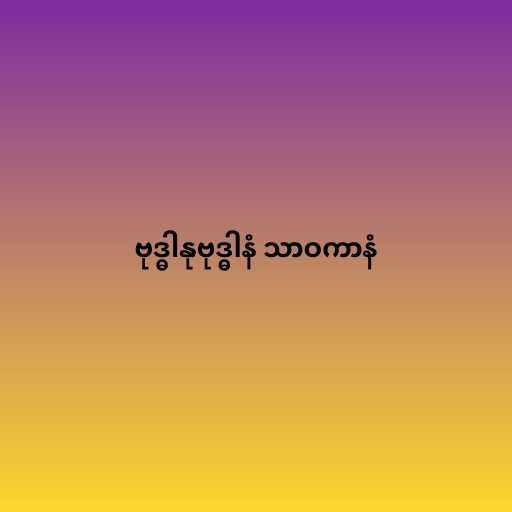
ဗုဒ္ဓါနုဗုဒ္ဓါနံ သာဝကာနံ